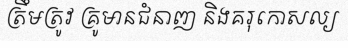
ត្រឹមត្រូវ គ្រូមានជំនាញ និងគរុកោសល្យ